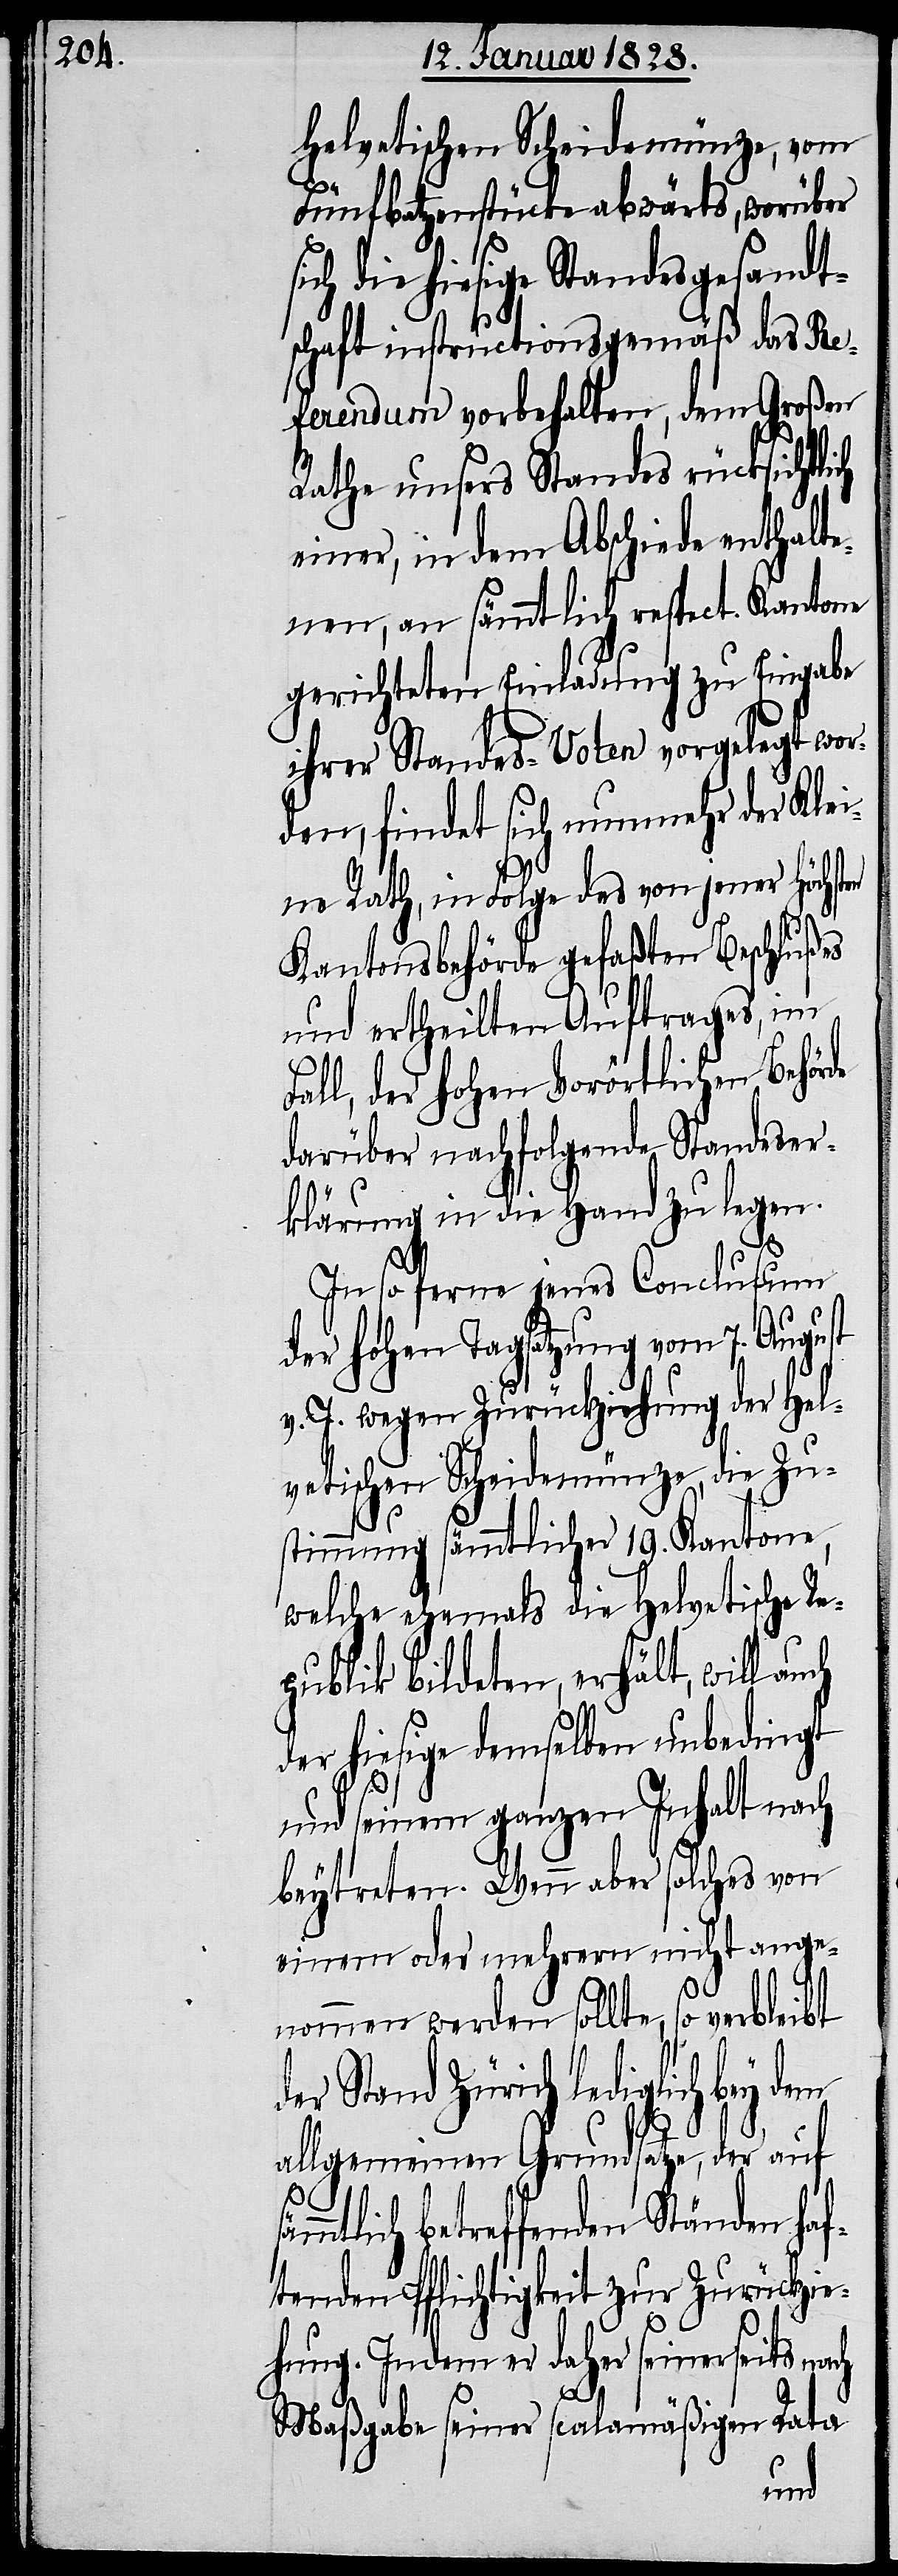
helvetischen Scheidemünze, vom
Fünfbatzenstücke abwärts, worüber
sich die hiesige Standesgesandt¬
schaft instructionsgemäß das Re¬
ferendum vorbehalten, dem Großen
Rathe unsers Standes rücksichtli¬
einer, in dem Abschiede enthalte¬
nen, an sämmtlich respect. Kantone
gerichteten Einladung zu Eingabe
ihrer Standes-Voten vorgelegt wor¬
den, findet sich nunmehr der Klei¬
ne Rath, in Folge des von jener Höchst¬
Kantonsbehörde gefaßten Beschlußes
und ertheilten Auftrages, im
l, der hohen Vorörtlichen Behörde
darüber nachstehende Standeser¬
klärung in die Hand zu legen.
In so ferne jenes Conclusum
der hohen Tagsatzung vom 7. August
v. J. wegen Zurückziehung der Hel¬
vetischen Scheidemünze, die Zu¬
stimmung sämmtlicher 19. Kantone,
welche ehemals die Helvetische Re¬
publik bildeten, erhält, will auch
der hiesige demselben unbedingt
und seinem ganzen Inhalt nach
beytreten. Wenn aber solches von
einen oder mehrern nicht ange¬
en
nommen werden sollte, so verbleibt
Stand Zürich lediglich
allgemeinen Grundsatze, der auf
Fal¬
sämmtlich betreffenden Ständen haf¬
tenden Pflichtigkeit zur Zurückzie¬
hung. Indem er daher seinerseits nach
Maßgabe seiner scalamäßigen Rata